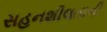
સહનશીલતાની